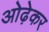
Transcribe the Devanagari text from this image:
ओढ़ेकर